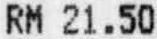
RM 21.50